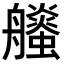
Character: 𧔶